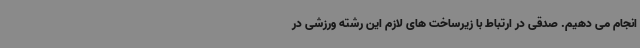
انجام می دهیم. صدقی در ارتباط با زیرساخت های لازم این رشته ورزشی در